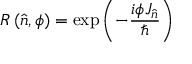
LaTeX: R \left( { \hat { n } } , \phi \right) = \exp \left( - { \frac { i \phi J _ { \hat { n } } } { \hbar } } \right)